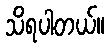
သိရပါတယ်။